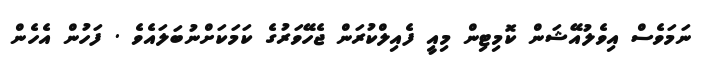
ނަމަވެސް އިވެލުއޭޝަން ކޮމިޓިން މިއީ ފެއިލްކުރަން ޖެހޭވަރުގެ ކަމަކަށްނުބަލައެވެ . ފަހުން އެހެން